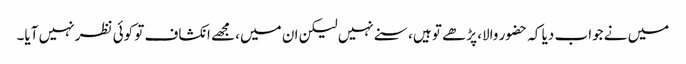
میں نے جواب دیا کہ حضور والا، پڑھے تو ہیں، سنے نہیں لیکن ان میں، مجھے انکشاف تو کوئی نظر نہیں آیا۔